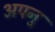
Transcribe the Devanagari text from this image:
अपनु